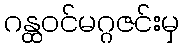
ဂန္ထဝင်မဂ္ဂဇင်းမှ